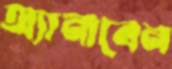
অ্যানাবেন